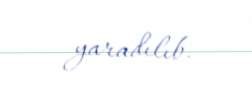
yaradılıb.